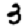
Digit: 3